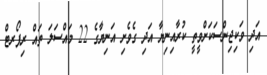
އަދި ވަކިޖިންސަކަށްވީތީ ކުރާއިނިޔާ އަދި ގެވެށި އަނިޔާގެ 22 މައްސަލަ ތައް ރިޕޯރޓް